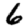
Digit: 6